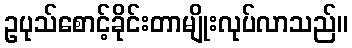
ဥပုသ်စောင့်ခိုင်းတာမျိုးလုပ်လာသည်။